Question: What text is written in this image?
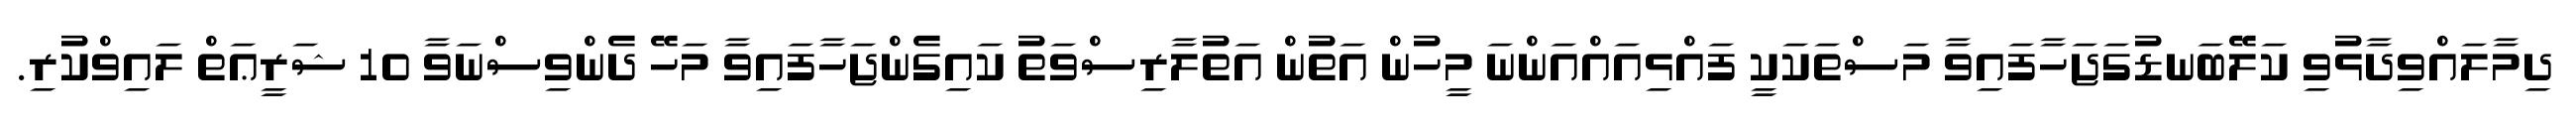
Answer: ދިމާލައްވިދާޅުވި ކަލޭބަނޑުގަޖަހާފައިވާ މަސްތަކަކީ ފައްޅިއައްއަންނަ މީހުން އަތުން އަތުލާރިސްވަތު ކައިގެންޖަހާފައިވާ މަހޭ ދެންވިސްނަވާ 10 ޝަރީޢަތް ލައިވްކުރި.